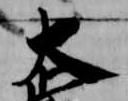
大